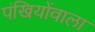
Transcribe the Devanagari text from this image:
पंखियोंवाला